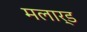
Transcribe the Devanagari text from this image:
मलार्ड